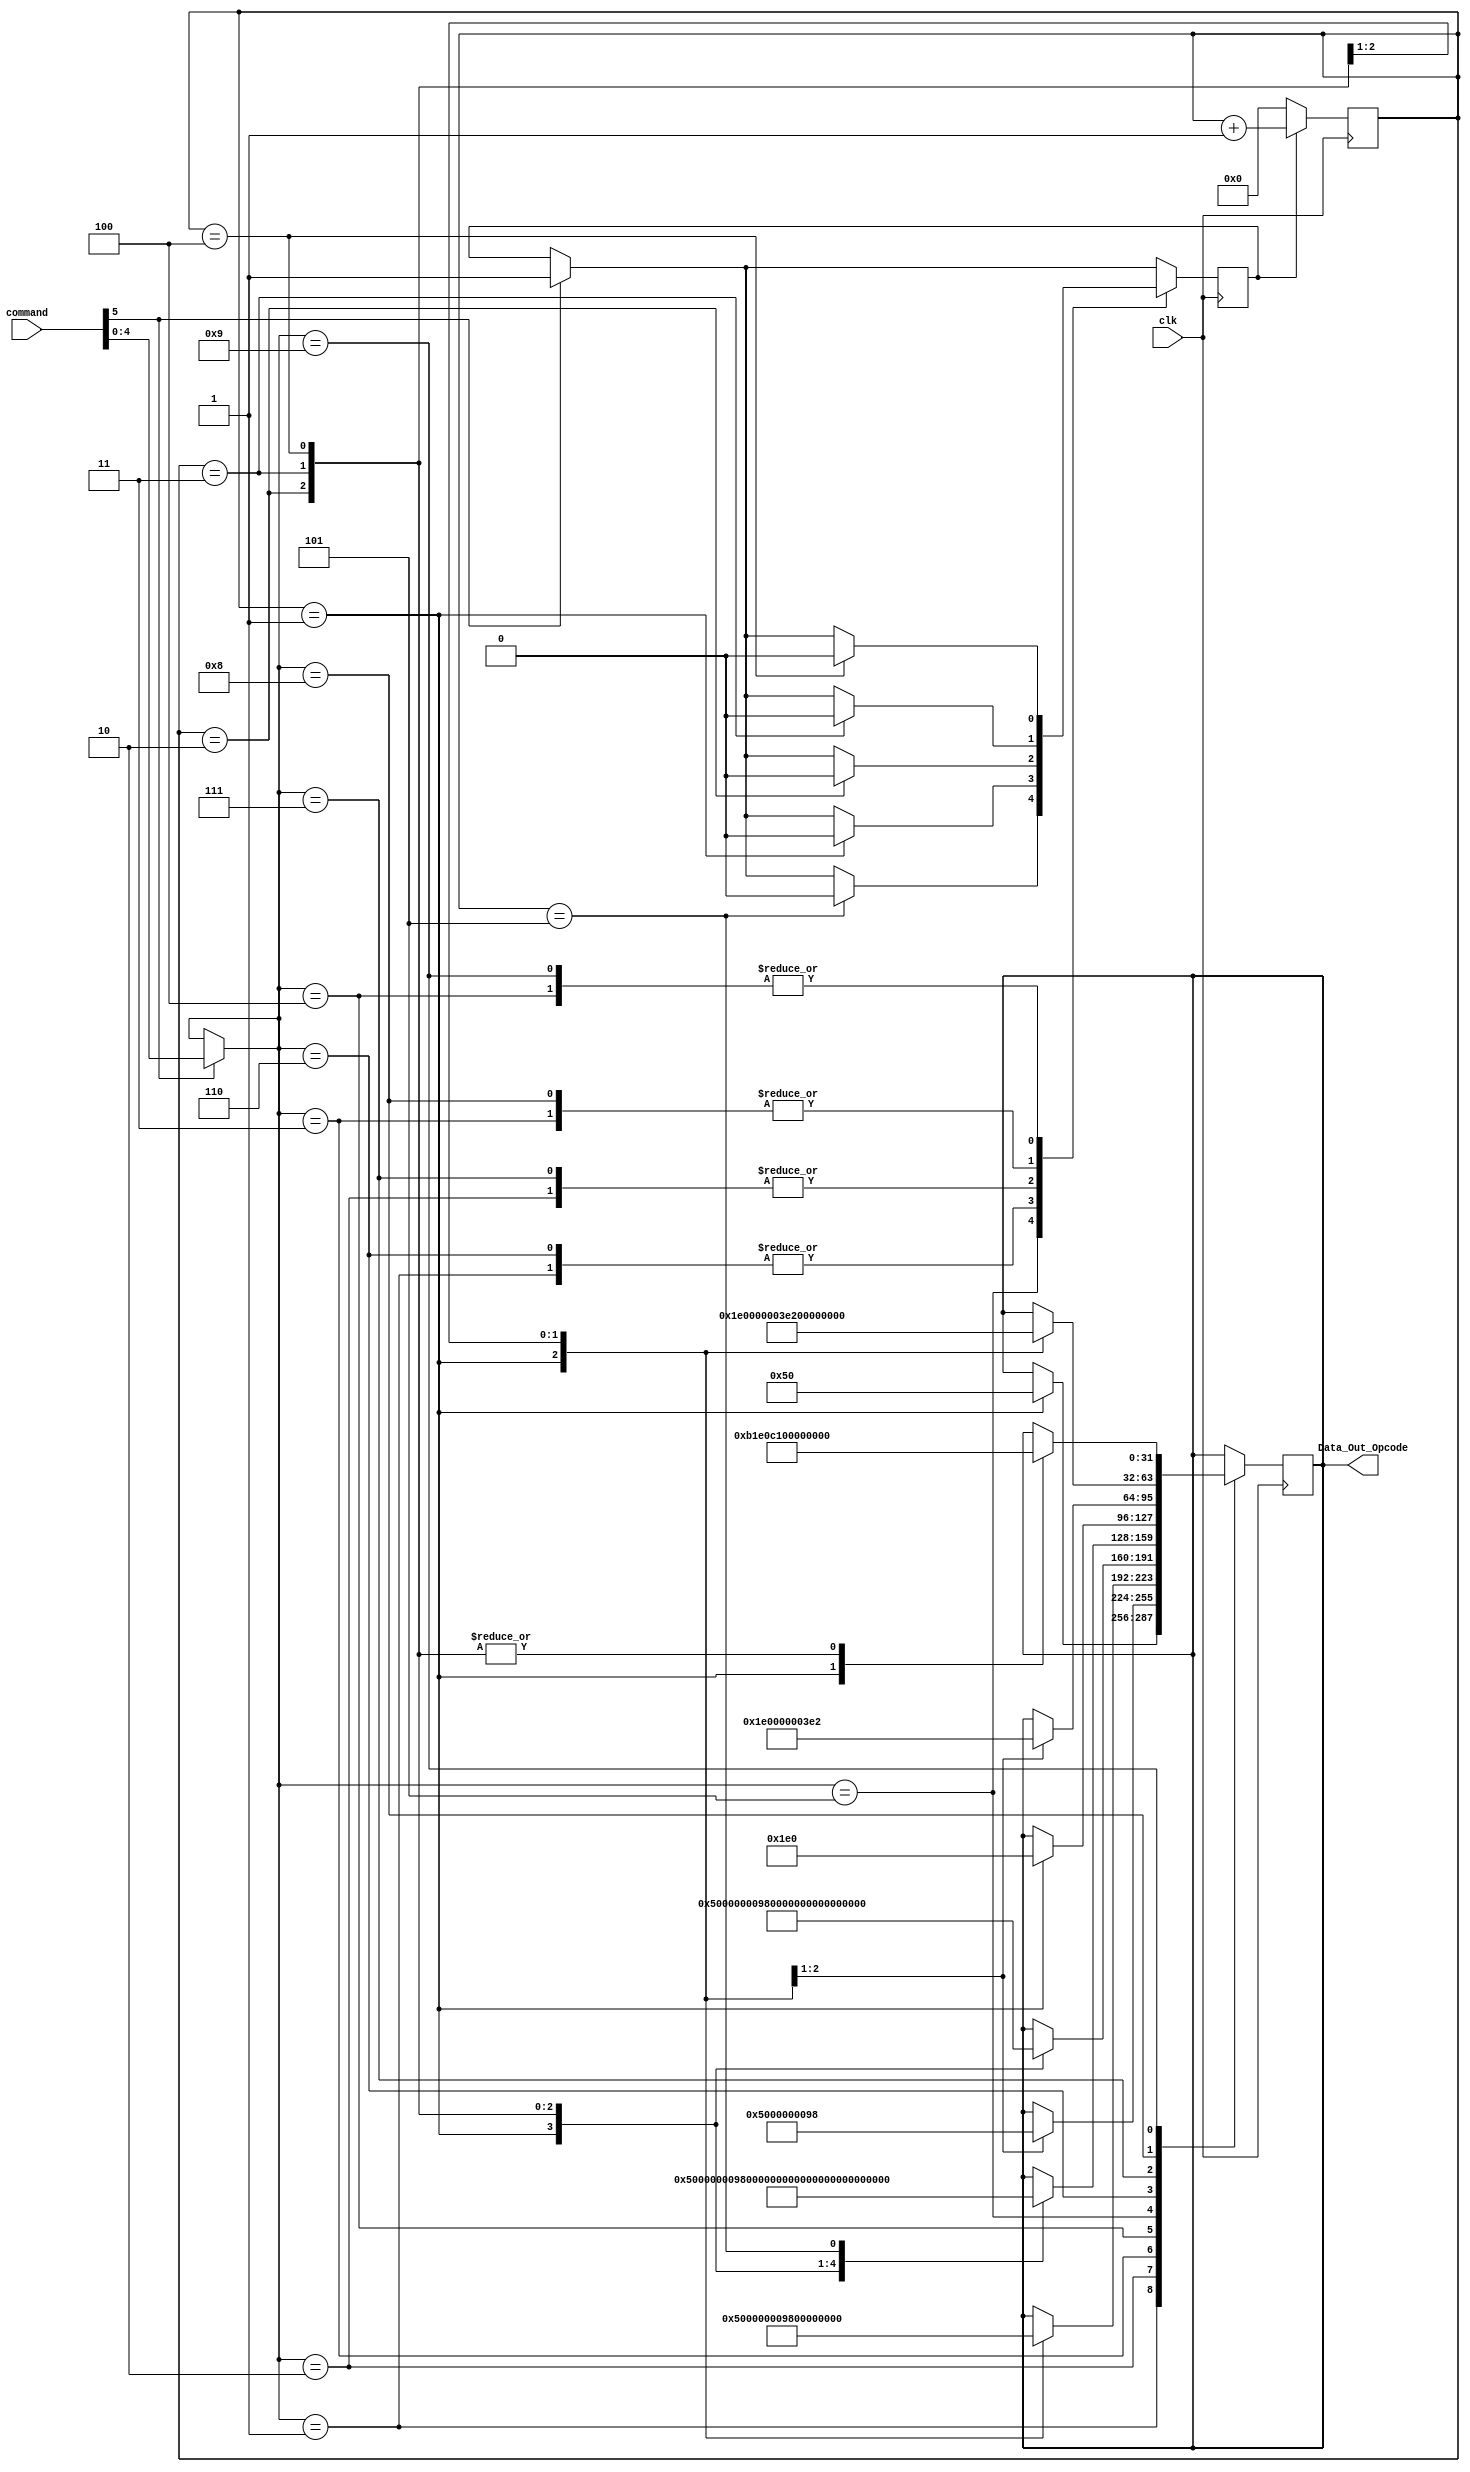
module Rom#(
parameter Data=32)(
   input  wire            clk,
	input  wire [5:0]      command,             //command to start pouring out Datas
	output reg  [Data-1:0] Data_Out_Opcode
	
	 );
	 
	 initial begin
		 Data_Out_Opcode<=32'h0;
		 counter<=6'h1;
		 end
		 
		reg [5:0] counter;
		reg start_counter,end_counter;  //var to start and stop counter
		wire [4:0] X;
		reg p;
		assign X=command[5]?command[4:0]:X;    
		
	always @(posedge clk) begin
		if(command[5]) begin
			start_counter<=1'h1;
			end
		case(X)
		
		//128
			 5'h1:begin
					case(counter)
						4'h1:begin 
								Data_Out_Opcode<=32'b001_01_0_000;
								start_counter<=1'h0;
								end
						endcase // case Addr
				end
			//256
			5'h2:begin
					case(counter)
						4'h1: Data_Out_Opcode<=32'b001_01_0_000;
				      4'h2: begin
							Data_Out_Opcode<=32'b010_01_1_000;
							start_counter<=1'h0;
							end
					endcase // case Addr
				end
			
		//384
		5'h3:begin
					case(counter)
						4'h1: Data_Out_Opcode<=32'b001_01_0_000;
						4'h2: Data_Out_Opcode<=32'b010_01_1_000;
				      4'h3: begin
							Data_Out_Opcode<=32'b011_01_0_010;
							start_counter<=1'h0;
							end
					endcase // case Addr
			end
		
		//512
		5'h4:begin
					case(counter)
						4'h1: Data_Out_Opcode<=32'b001_01_0_000;
				      4'h2: Data_Out_Opcode<=32'b010_01_1_000;
				      4'h3: Data_Out_Opcode<=32'b011_01_0_010;
						4'h4: begin
						      Data_Out_Opcode <=32'b100_01_1_010;
							   start_counter<=1'h0;
							end
					endcase // case Addr
			end
		
		//576
		5'h5:begin
					case(counter)
						4'h1: Data_Out_Opcode<=32'b001_01_0_000;
				      4'h2: Data_Out_Opcode<=32'b010_01_1_000;
				      4'h3: Data_Out_Opcode<=32'b011_01_0_010;
						4'h4: Data_Out_Opcode <=32'b100_01_1_010;
						4'h5:begin
								Data_Out_Opcode <=32'b101_01_0_100;
								start_counter<=1'h0;
							end
					endcase // case Addr
			end
			
		
		///////////////////////Xor///////////////////////////////////////////
		//256
		4'h6:begin 
						case(counter)
						4'h1:begin
								Data_Out_Opcode<=32'b0_00_111_10_0_000;
								start_counter<=1'h0;
								end
						endcase // case Addr
				end
			//512
			5'h7:begin
					case(counter)
						4'h1: Data_Out_Opcode<=32'b0_00_111_10_0_000;
				      4'h2: begin
							Data_Out_Opcode<=32'b0_01_111_10_0_010;
							start_counter<=1'h0;
							end
					endcase // case Addr
				end
			
		//572
		5'h8:begin
					case(counter)
						4'h1: Data_Out_Opcode<=32'b0_00_111_10_0_000;
						4'h2: Data_Out_Opcode<=32'b0_01_111_10_0_010;
				      4'h3: begin
							Data_Out_Opcode<=32'b0_10_111_10_0_100;
							start_counter<=1'h0;
							end
					endcase // case Addr
			end
		
		5'h9:begin
				case(counter)
					4'h1:Data_Out_Opcode<=32'b0000_1_0_11_0_00_1_11_1_00_00_0_11_0_00_00_1;
					4'h2:Data_Out_Opcode<=32'b0;
					4'h3:Data_Out_Opcode<=32'b0;
					4'h4: begin
							Data_Out_Opcode<=32'b0;
							start_counter<=1'h0;
							end
					endcase
				end
					
		
		
		endcase //always 
	end
		
		always @(posedge clk) begin
				if(start_counter)
					counter<=counter+1'h1;
				else         //reset counter
					counter<=6'h0;   
			end
	 
endmodule